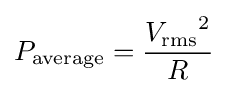
P_{\text{average}}={\frac {{V_{\text{rms}}}^{2}}{R}}